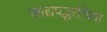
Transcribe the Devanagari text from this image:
खाद्यपद्धतींच्या